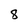
Character: 8